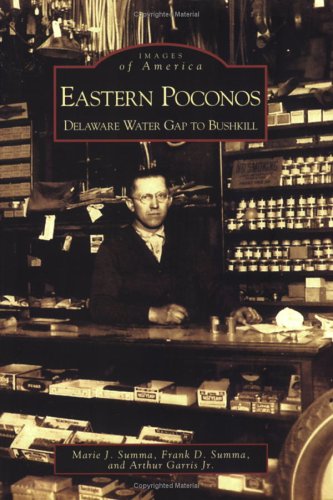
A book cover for Eastern Poconos: Delaware Water Gap to Bushkill (PA)   (Images of America); Marie J. Summa; Travel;